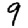
Digit: 9